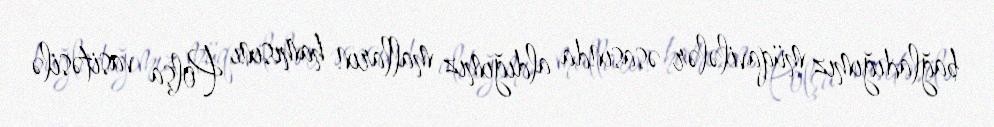
bağladığımız müqavilələr əsasında aldığımız malların hamısını Polşa vasitəsilə